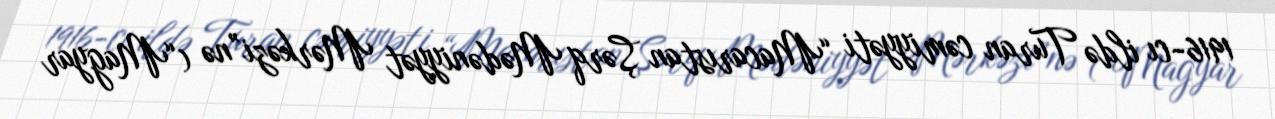
1916-cı ildə Turan cəmiyyəti “Macarıstan Şərq Mədəniyyət Mərkəzi”nə (“Magyar